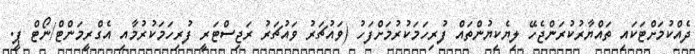
ދެއްކުމަށްޓަކައި ތައްޔާރުކުރަންޖެހޭ ލިޔެކިޔުންތައް ފުރިހަމަކުރުމަށްފަހު (ވައުޗަރު ވައުޗަރު ރަޖިސްޓަރީ ފުރިހަމަކުރުމާއި އެގްރީމަންޓް/ނޯޓް ޕީ.